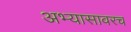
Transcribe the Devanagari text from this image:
अभ्यासावरच